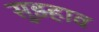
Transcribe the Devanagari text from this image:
सुझ्हाव